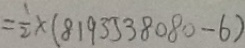
= \frac { 1 } { 2 } \times ( 8 1 9 3 5 3 8 0 8 0 - 6 )